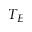
T _ { E }